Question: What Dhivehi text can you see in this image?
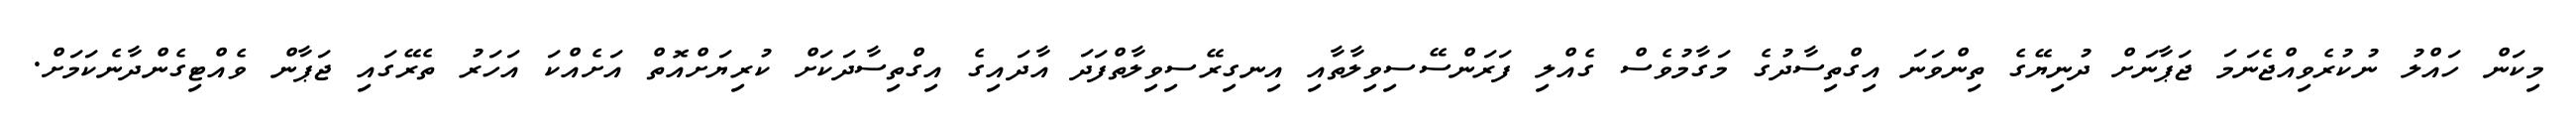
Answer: މިކަން ހައްލު ނުކުރެވިއްޖެނަމަ ޖަޕާނަށް ދުނިޔޭގެ ތިންވަނަ އިގްތިސާދުގެ މަގާމުވެސް ގެއްލި ފަރަންސޭސިވިލާތާއި އިނގިރޭސިވިލާތްފަދަ އާދައިގެ އިގްތިސާދަކަށް ކުރިޔަށްއޮތް އަށެއްކަ އަހަރު ތެރޭގައި ޖަޕާން ވެއްޓިގެންދާނެކަމަށް.